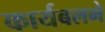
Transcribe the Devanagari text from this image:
कार्यबलमे